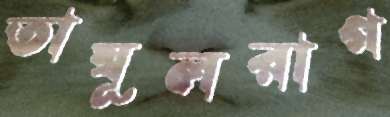
তাম্বূলরাগ